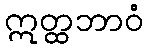
ဣတ္ထဘာဝံ